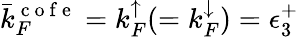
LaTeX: \bar{k}_{F}^{\mathrm{~c~o~f~e~}}=k_{F}^{\mathord{\uparrow}}(=k_{F}^{\mathord{\downarrow}})=\epsilon_{3}^{+}